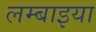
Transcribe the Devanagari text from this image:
लम्बाइया